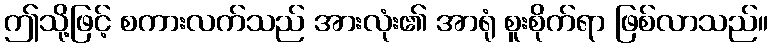
ဤသို့ဖြင့် စကားလက်သည် အားလုံး၏ အာရုံ စူးစိုက်ရာ ဖြစ်လာသည်။